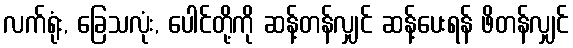
လက်ရုံး, ခြေသလုံး, ပေါင်တို့ကို ဆန့်တန်လျှင် ဆန့်ပေးရန် ဖိတန်လျှင်